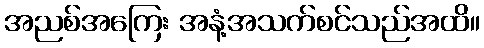
အညစ်အကြေး အနံ့အသက်စင်သည်အထိ။